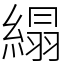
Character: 䌈